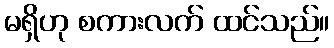
မရှိဟု စကားလက် ထင်သည်။